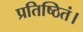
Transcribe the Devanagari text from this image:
प्रतिष्ठितं।